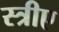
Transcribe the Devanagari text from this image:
स्त्रीए